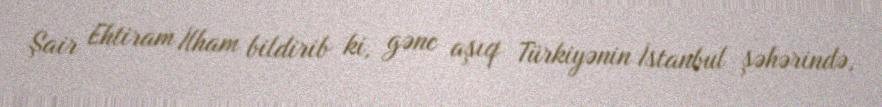
Şair Ehtiram İlham bildirib ki, gənc aşıq Türkiyənin İstanbul şəhərində,